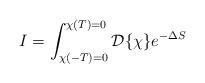
\begin{align*}I = \int_{\chi(-T)=0}^{\chi(T)=0} {\cal D}\{\chi\} e^{-\Delta S}\end{align*}